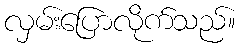
လှမ်းပြောလိုက်သည်။